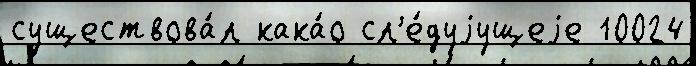
существова́л кака́о сл'е́дуjущеjе 10024